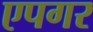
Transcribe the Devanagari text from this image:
एपगर